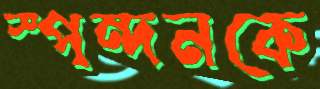
স্পন্দনকে